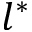
l ^ { \ast }